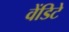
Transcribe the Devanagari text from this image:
वेंडिटे